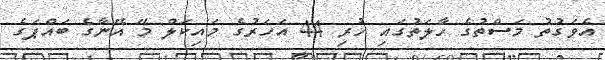
އެވަގުތު މަސްތުގެ ހާލަތުގައި ހުރި 44 އަހަރުގެ މައިކަލްް މޭ އޭނާގެ ބައްޕަގެ